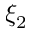
\xi _ { 2 }